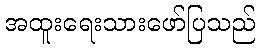
အထူးရေးသားဖော်ပြသည်